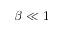
\beta \ll 1